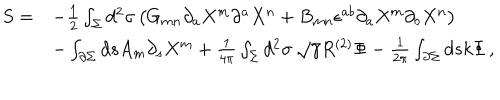
\begin{array} { l l } { { S = } } & { { - \frac { 1 } { 2 } \int _ { \Sigma } d ^ { 2 } \sigma \left( G _ { m n } \partial _ { a } X ^ { m } \partial ^ { a } X ^ { n } + B _ { m n } \epsilon ^ { a b } \partial _ { a } X ^ { m } \partial _ { b } X ^ { n } \right) } } \\ { { } } & { { - \int _ { \partial \Sigma } d s A _ { m } \partial _ { s } X ^ { m } + \frac { 1 } { 4 \pi } \int _ { \Sigma } d ^ { 2 } \sigma \, \sqrt { \gamma } R ^ { ( 2 ) } \Phi - \frac { 1 } { 2 \pi } \int _ { \partial \Sigma } d s k \Phi \, , } } \\ \end{array}